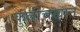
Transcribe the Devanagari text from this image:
कुलीचखान